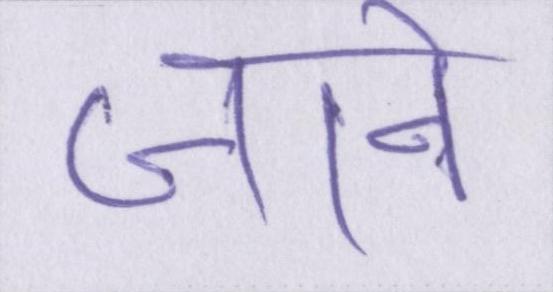
जाने